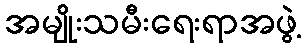
အမျိုးသမီးရေးရာအဖွဲ့